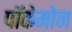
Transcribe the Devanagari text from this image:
पॉकेमोन